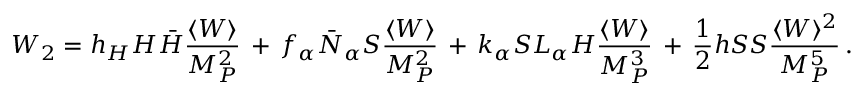
W _ { 2 } = h _ { H } H \bar { H } \frac { \langle W \rangle } { M _ { P } ^ { 2 } } \, + \, f _ { \alpha } \bar { N } _ { \alpha } S \frac { \langle W \rangle } { M _ { P } ^ { 2 } } \, + \, k _ { \alpha } S L _ { \alpha } H \frac { \langle W \rangle } { M _ { P } ^ { 3 } } \, + \, \frac { 1 } { 2 } h S S \frac { \langle W \rangle ^ { 2 } } { M _ { P } ^ { 5 } } \, .